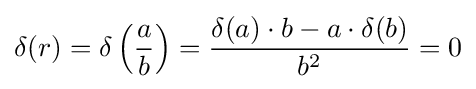
\delta (r)=\delta \left({\frac {a}{b}}\right)={\frac {\delta (a)\cdot b-a\cdot \delta (b)}{b^{2}}}=0